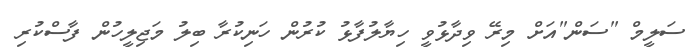
ސަލީމް "ސަން"އަށް މިރޭ ވިދާޅުވީ ހިޔާލުފާޅު ކުރުން ހަނިކުރާ ބިލު މަޖިލީހުން ފާސްކުރި